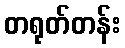
တရုတ်တန်း